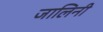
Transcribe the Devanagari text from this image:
जालिनी